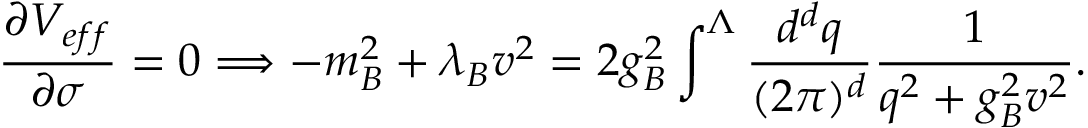
\frac { \partial V _ { e f f } } { \partial \sigma } = 0 \Longrightarrow - m _ { B } ^ { 2 } + \lambda _ { B } v ^ { 2 } = 2 g _ { B } ^ { 2 } \int ^ { \Lambda } \frac { d ^ { d } q } { ( 2 \pi ) ^ { d } } \frac { 1 } { q ^ { 2 } + g _ { B } ^ { 2 } v ^ { 2 } } .